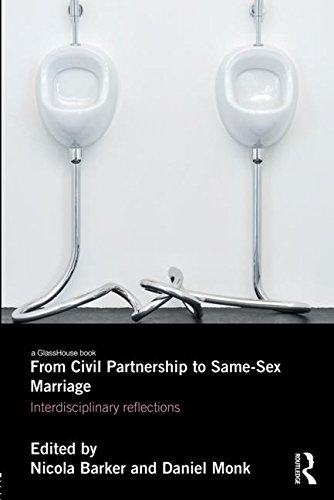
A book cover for From Civil Partnership to Same-Sex Marriage: Interdisciplinary Reflections; Law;